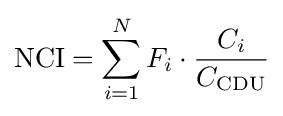
{\text{NCI}}=\sum _{i=1}^{N}F_{i}\cdot {\frac {C_{i}}{C_{\text{CDU}}}}